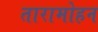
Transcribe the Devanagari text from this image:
तारामोहन